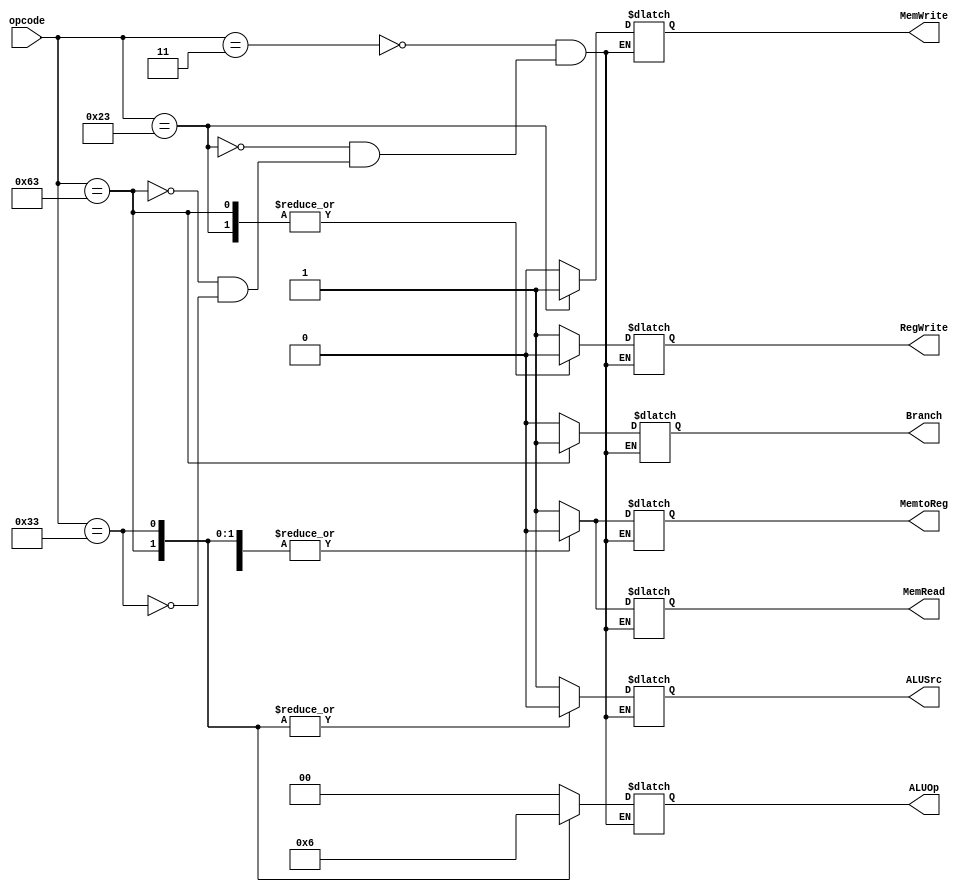

module main_control(
    input [6:0] opcode,
    output reg Branch,
    output reg MemRead,
    output reg MemtoReg,
    output reg [1:0] ALUOp,
   output reg MemWrite,
   output reg ALUSrc,
   output reg RegWrite
);

        always @(*)
begin
//Based on the opcode of the instruction 7 control signals are generated by the control unit
//for different types of instructions as:
  case(opcode)
    7'b0000011: // lw
      begin
      ALUSrc=1;
      MemtoReg=1;
      RegWrite=1;
      MemRead=1;
      MemWrite=0;
      Branch=0;
      ALUOp=00;
      end
    7'b0100011: // sw
      begin
      ALUSrc=1;
      MemtoReg=0;
      RegWrite=0;
      MemRead=0;
      MemWrite=1;
      Branch=0;
      ALUOp=00;
      end
    7'b1100011: // beq
      begin
         ALUSrc=0;
      MemtoReg=0;
      RegWrite=0;
      MemRead=0;
      MemWrite=0;
      Branch=1;
      ALUOp=01;
      end
    7'b0110011: // R-type
      begin
      ALUSrc=0;
      MemtoReg=0;
      RegWrite=1;
      MemRead=0;
      MemWrite=0;
      Branch=0;
      ALUOp=10;
      end
  endcase
end 
endmodule